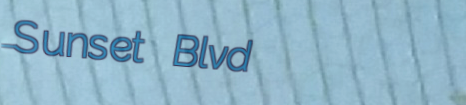
Sunset Blvd